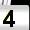
Digit: 4